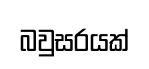
බවුසරයක්